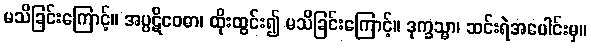
မသိခြင်းကြောင့်။ အပ္ပဋိဝေဓာ၊ ထိုးထွင်း၍ မသိခြင်းကြောင့်။ ဒုက္ခသ္မာ၊ ဆင်းရဲအပေါင်းမှ။